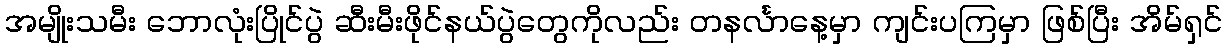
အမျိုးသမီး ဘောလုံးပြိုင်ပွဲ ဆီးမီးဖိုင်နယ်ပွဲတွေကိုလည်း တနင်္လာနေ့မှာ ကျင်းပကြမှာ ဖြစ်ပြီး အိမ်ရှင်